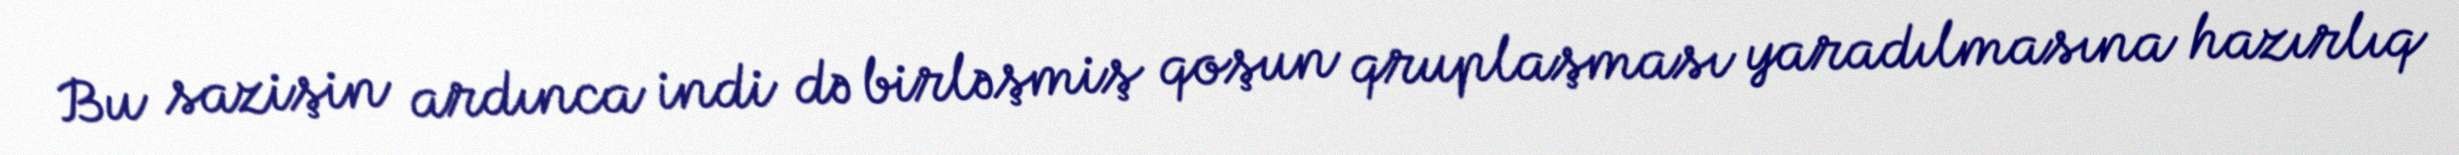
Bu sazişin ardınca indi də birləşmiş qoşun qruplaşması yaradılmasına hazırlıq